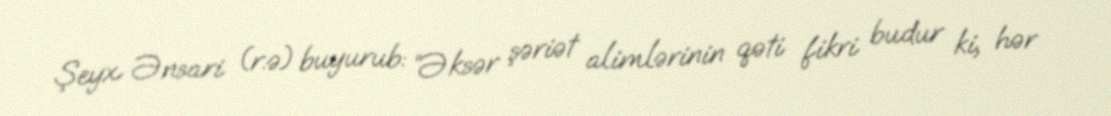
Şeyx Ənsari (r.ə) buyurub: “Əksər şəriət alimlərinin qəti fikri budur ki, hər